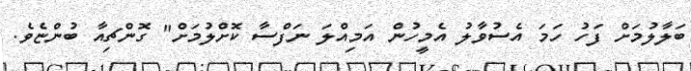
ބަލާލުމަށް ފަހު ހަމަ އެސުވާލު އެމީހުން އަމިއްލަ ނަފްސާ ކޮށްލުމަށް" ގޮންޗިއާ ބުންޏެވެ.